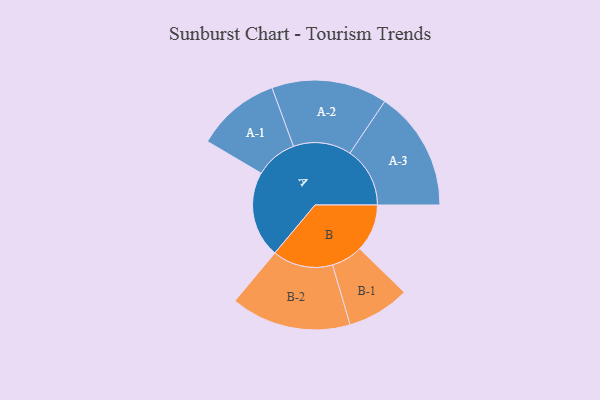
{"axis": {"x": "Segment", "y": "Value"}, "legend": ["", "A", "B"], "data": [{"x": "A", "y": 413, "type": ""}, {"x": "B", "y": 227, "type": ""}, {"x": "A-1", "y": 201, "type": "A"}, {"x": "A-2", "y": 277, "type": "A"}, {"x": "A-3", "y": 287, "type": "A"}, {"x": "B-1", "y": 150, "type": "B"}, {"x": "B-2", "y": 288, "type": "B"}]}